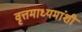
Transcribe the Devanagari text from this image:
वृत्तमाध्यमांशी